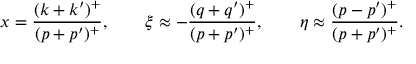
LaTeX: x = \frac { ( k + k ^ { \prime } ) ^ { + } } { ( p + p ^ { \prime } ) ^ { + } } , \qquad \xi \approx - \frac { ( q + q ^ { \prime } ) ^ { + } } { ( p + p ^ { \prime } ) ^ { + } } , \qquad \eta \approx \frac { ( p - p ^ { \prime } ) ^ { + } } { ( p + p ^ { \prime } ) ^ { + } } .